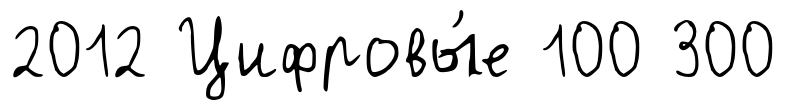
2012 Цифровы́е 100 300